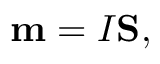
\mathbf { m } = I \mathbf { S } ,